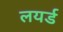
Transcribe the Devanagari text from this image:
लयर्ड